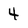
Character: 4